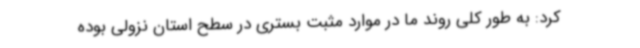
کرد: به طور کلی روند ما در موارد مثبت بستری در سطح استان نزولی بوده